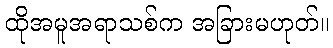
ထိုအမူအရာသစ်က အခြားမဟုတ်။